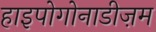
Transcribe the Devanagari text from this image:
हाइपोगोनाडीज़म